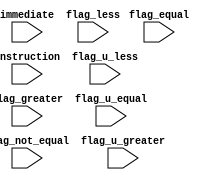
/* jumper */
module jumper #(
    parameter WORDSIZE = 64,           /* define o tamanho da palavra */
    parameter INSTRUCTION_SIZE = 32    /* tamanho da instruo (32 para o RISC-V) */
) (
    input wire [WORDSIZE-1:0] immediate,           /* immediate */
    input wire [INSTRUCTION_SIZE-1:0] instruction,  /* instruo de 32 bits */
    input wire flag_equal,                         /* flag igualdade */
    input wire flag_not_equal,                     /* flag no igualdade */
    input wire flag_greater,                       /* flag maior */
    input wire flag_less,                          /* flag menor */
    input wire flag_u_equal,                       /* flag igualdade (sem sinal) */
    input wire flag_u_greater,                     /* flag maior (sem sinal) */
    input wire flag_u_less                         /* flag menor (sem sinal) */
);
    wire [2:0] funct3 = instruction[14:12];
    reg [WORDSIZE-1:0] inc;

    /* funct3 das instrues de branchs */
    localparam 
        funct3_beq =  3'b000,    /* beq */
        funct3_bne =  3'b001,    /* bne */
        funct3_blt =  3'b100,    /* blt */
        funct3_bge =  3'b101,    /* bge */
        funct3_bltu = 3'b110,    /* bltu */
        funct3_bgeu = 3'b111;    /* bgeu */

    localparam
        defalt_inc = 64'h0000_0000_0000_0001;

    always @(*) begin
        case (funct3)
            /* branch equal */
            funct3_beq: begin
                if(flag_equal == 1)
                    inc = immediate;
                else
                    inc = defalt_inc;
            end

            /* branch not equal */
            funct3_bne: begin
                if(flag_not_equal == 1)
                    inc = immediate;
                else
                    inc = defalt_inc;
            end

            /* branch less than */
            funct3_blt: begin
                if(flag_less == 1)
                    inc = immediate;
                else
                    inc = defalt_inc;
            end

            /* branch greater or equal */
            funct3_bge: begin
                if(flag_greater == 1 || flag_equal == 1)
                    inc = immediate;
                else
                    inc = defalt_inc;
            end

            /* branch less than unsigned */
            funct3_bltu: begin
                if(flag_u_less == 1)
                    inc = immediate;
                else
                    inc = defalt_inc;
            end

            /* branch greater */
            funct3_bgeu: begin
                if(flag_u_greater == 1)
                    inc = immediate;
                else
                    inc = defalt_inc;
            end

            /* default (nenhuma das instrues tipo branch) */
            default: 
                inc = defalt_inc;
        endcase
    end

endmodule